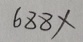
6 8 8 \times